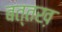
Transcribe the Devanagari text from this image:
बत्तख़